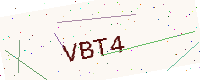
Text: VBT4